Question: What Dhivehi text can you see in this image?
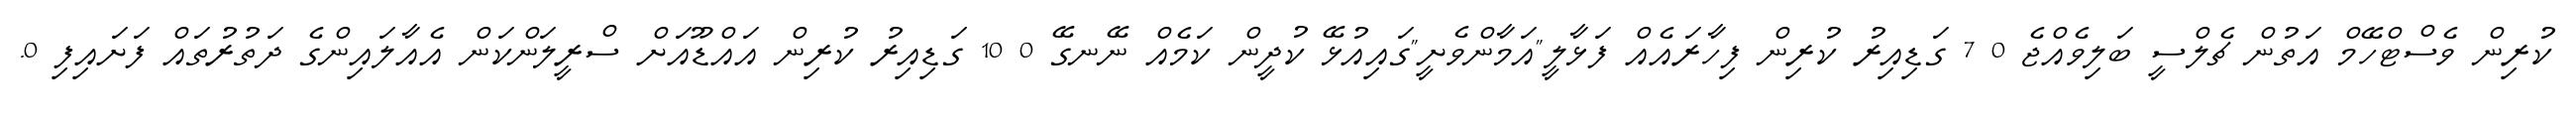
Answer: ކުރިން ވެސްޓްހޭމް އަތުން ޗެލްސީ ބަލިވެއްޖެ 0 7 ގަޑިއިރު ކުރިން ފިހާރައެއް ފަޅާލީ"އަމާންވެށީ"ގައިއުޅޭ ކުދީން ކަމެއް ނޭނގޭ 0 10 ގަޑިއިރު ކުރިން އައްޑޫއަށް ސްރީލަންކަން އެއާލައިންގެ ދަތުރުތައް ފަށައިފި 0.